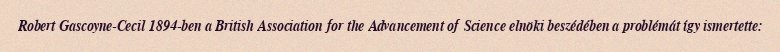
Robert Gascoyne-Cecil 1894-ben a British Association for the Advancement of Science elnöki beszédében a problémát így ismertette: